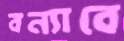
বন্যাবে